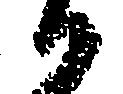
候